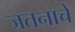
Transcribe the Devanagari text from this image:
जतनाचे